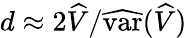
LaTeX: d\approx 2\widehat{V}/\widehat{\mathrm{var}}(\widehat{V})